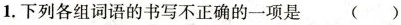
1.下列各组词语的书写不正确的一项是()